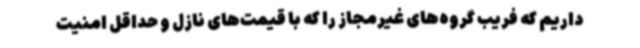
داریم که فریب گروه‌های غیرمجاز را که با قیمت‌های نازل و حداقل امنیت